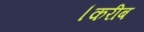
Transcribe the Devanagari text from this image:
।करीब